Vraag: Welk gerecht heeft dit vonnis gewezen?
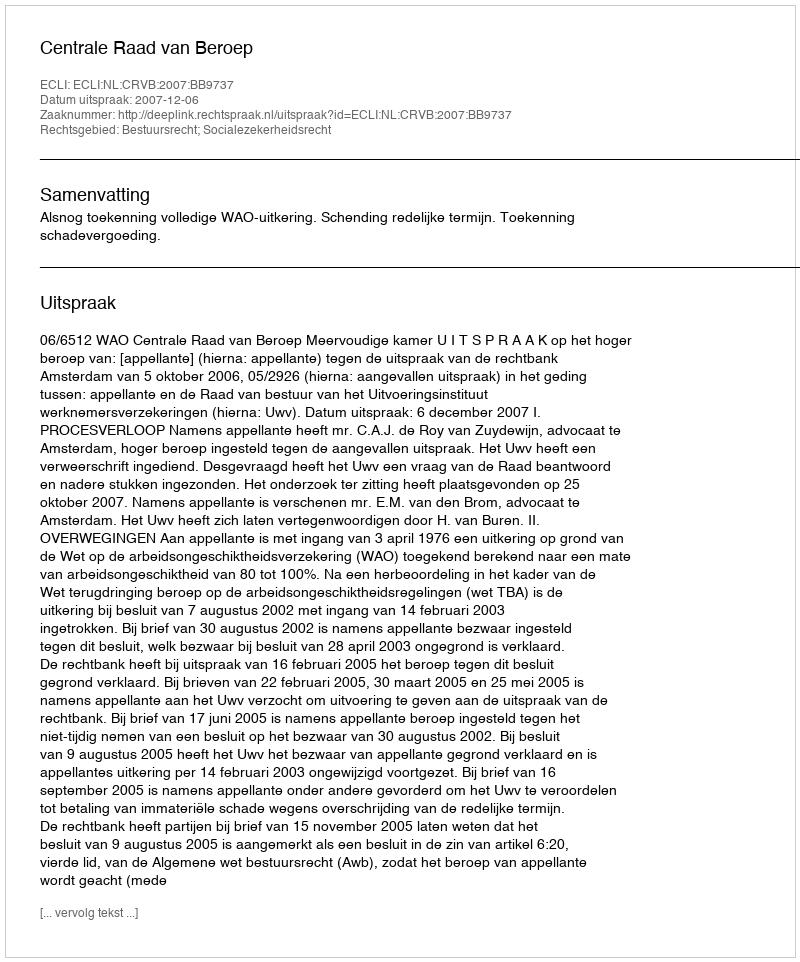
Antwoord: Centrale Raad van Beroep